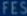
FFES